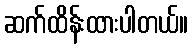
ဆက်ထိန်းထားပါတယ်။